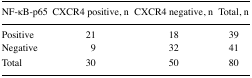
<table><thead><tr><td><b>NF-κB-p65</b></td><td><b>CXCR4 positive, n</b></td><td><b>CXCR4 negative, n</b></td><td><b>Total, n</b></td></tr></thead><tbody><tr><td>Positive</td><td>21</td><td>18</td><td>39</td></tr><tr><td>Negative</td><td>9</td><td>32</td><td>41</td></tr><tr><td>Total</td><td>30</td><td>50</td><td>80</td></tr></tbody></table>